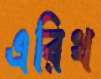
এরিথ